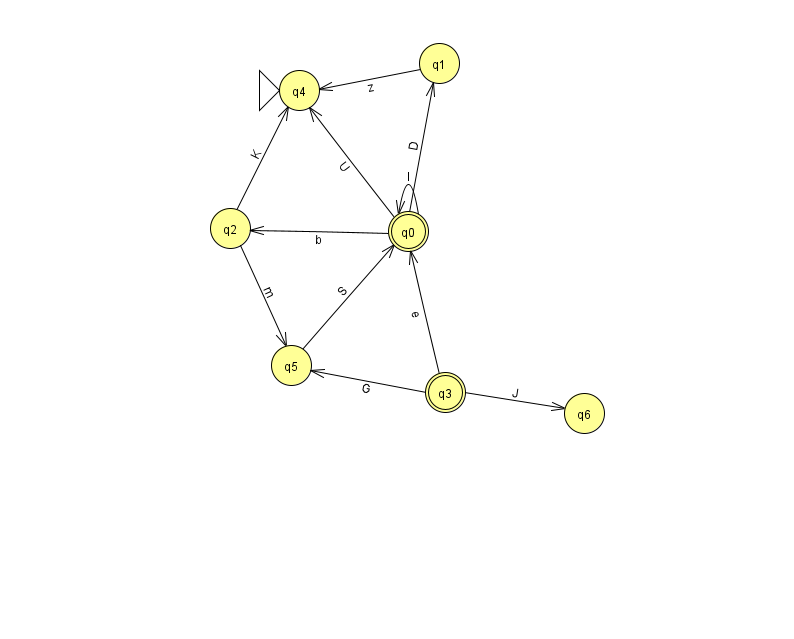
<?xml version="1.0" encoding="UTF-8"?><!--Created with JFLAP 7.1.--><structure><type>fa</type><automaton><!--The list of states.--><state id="0" name="q0"><x>408.0</x><y>218.0</y><final/></state><state id="1" name="q1"><x>439.0</x><y>50.0</y></state><state id="2" name="q2"><x>230.0</x><y>215.0</y></state><state id="3" name="q3"><x>445.0</x><y>379.0</y><final/></state><state id="4" name="q4"><x>299.0</x><y>77.0</y><initial/></state><state id="5" name="q5"><x>291.0</x><y>352.0</y></state><state id="6" name="q6"><x>584.0</x><y>400.0</y></state><!--The list of transitions.--><transition><from>3</from><to>5</to><read>G</read></transition><transition><from>0</from><to>0</to><read>I</read></transition><transition><from>3</from><to>0</to><read>e</read></transition><transition><from>0</from><to>1</to><read>D</read></transition><transition><from>5</from><to>0</to><read>S</read></transition><transition><from>0</from><to>2</to><read>b</read></transition><transition><from>2</from><to>5</to><read>m</read></transition><transition><from>3</from><to>6</to><read>J</read></transition><transition><from>2</from><to>4</to><read>K</read></transition><transition><from>0</from><to>4</to><read>U</read></transition><transition><from>1</from><to>4</to><read>z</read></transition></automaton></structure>